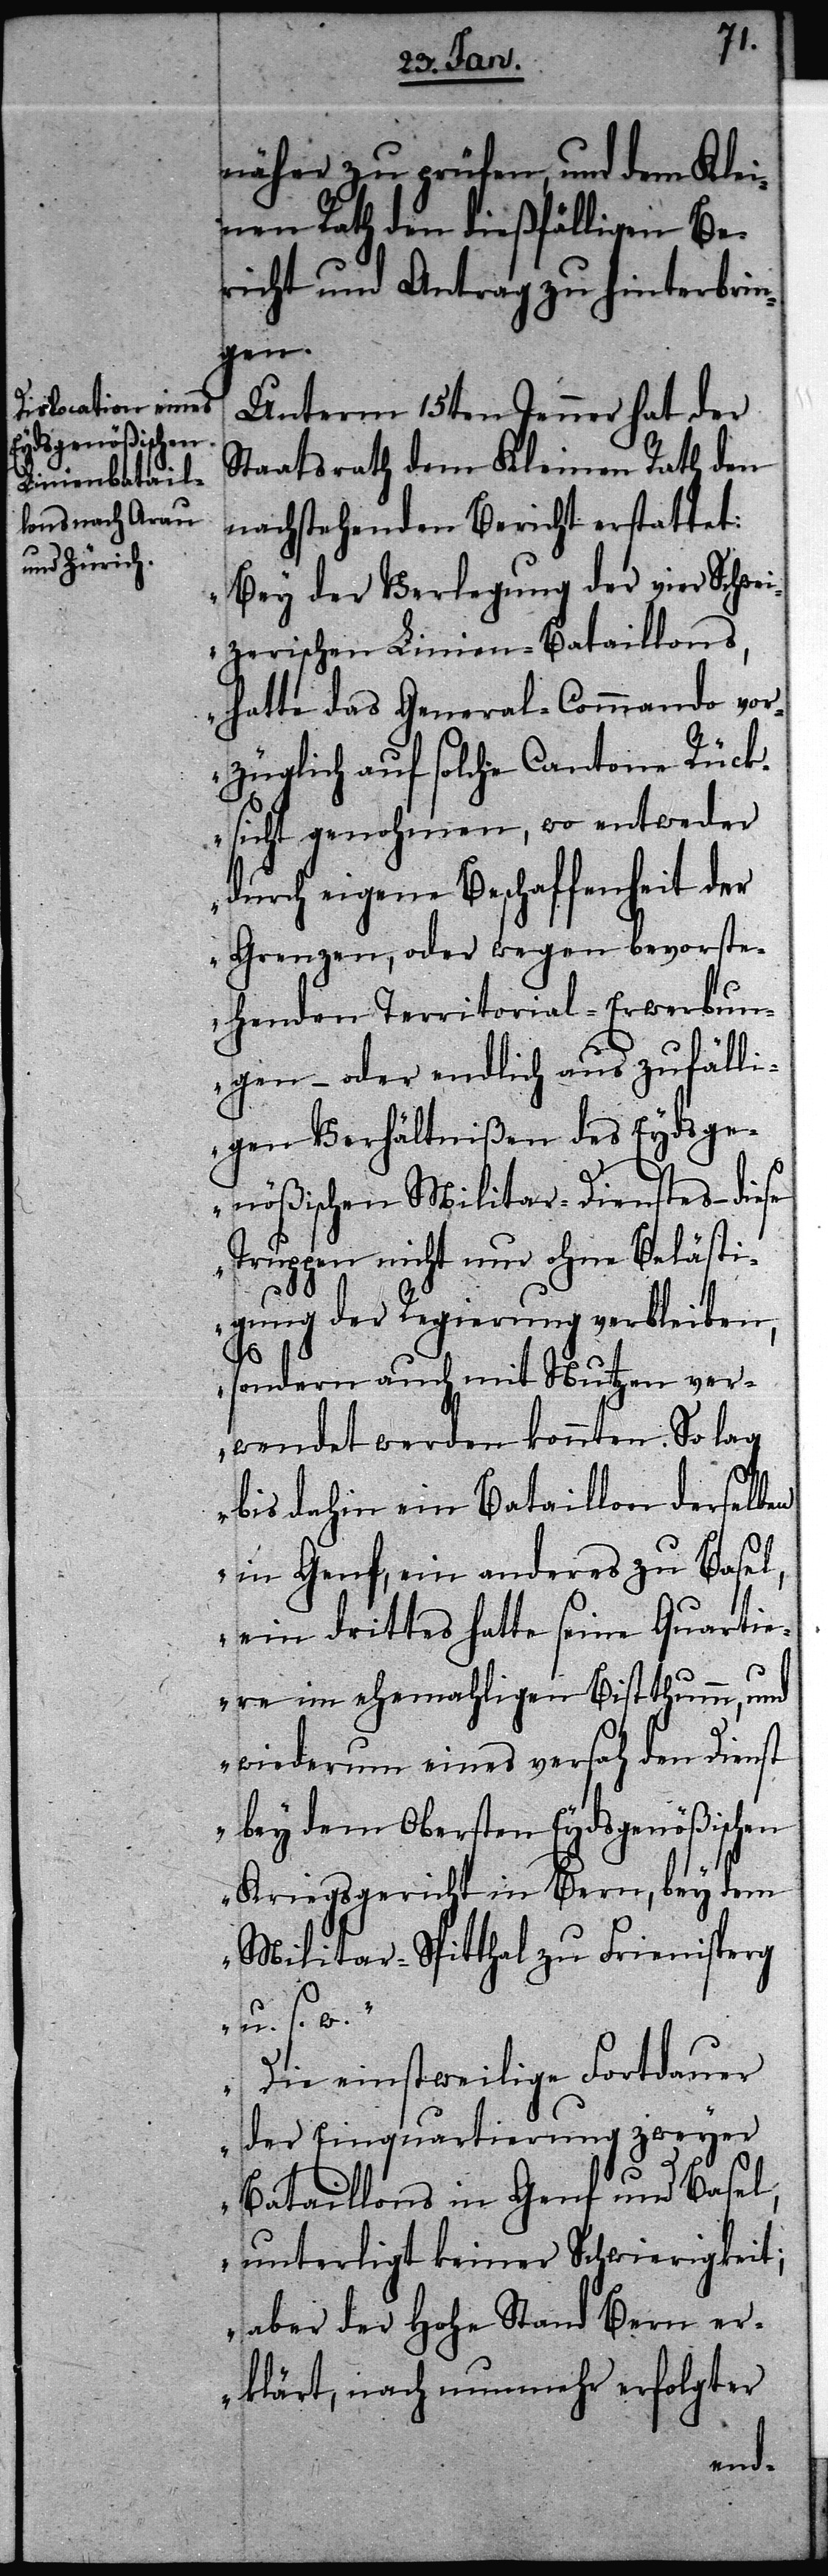
näher zu prüfen, und dem Klei¬
nen Rath den dießfälligen Be¬
richt und Antrag zu hinterbrin¬
gen.
Unterm 15ten Jenner hat der
Staatsrath dem Kleinen Rath den
nachstehenden Bericht erstattet:
„Bey der Verlegung der vier Schwei¬
zerischen Linien-Bataillons,
hatte das General-Commando vor¬
züglich auf solche Cantone Rück¬
sicht genohmen, wo entweder
durch eigene Beschaffenheit der
Grenzen, oder wegen bevorste¬
henden Territorial-Erwerbun¬
gen – oder endlich aus zufälli¬
gen Verhältnißen des Eydsge¬
nößischen Militar-Dienstes – diese
Truppen nicht nur ohne Belästi¬
gung der Regierung verbleiben,
sondern auch mit Nutzen ver¬
wendet werden könnten. So lag
bis dahin ein Bataillon derselben
in Genf, ein anderes zu Basel,
ein drittes hatte seine Quarti¬
ere im ehemahligen Bisthumm, und
wiederum eines versah den Dienst
bey dem Obersten Eydsgenößischen
Kriegsgericht in Bern, bey dem
Militar-Spitthal zu Frienisperg
u. s. w.“
„Die einstweilige Fortdauer
der Einquartierung zweyer
Bataillons in Genf und Basel,
unterligt keiner Schwierigkeit;
aber der Hohe Stand Bern er¬
klärt, nach nunmehr erfolgter